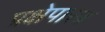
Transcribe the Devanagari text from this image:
प्रक्षेपास्‍त्र